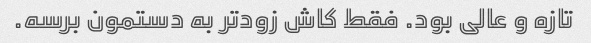
تازه و عالی بود. فقط کاش زودتر به دستمون برسه.